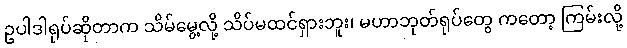
ဥပါဒါရုပ်ဆိုတာက သိမ်မွေ့လို့ သိပ်မထင်ရှားဘူး၊ မဟာဘုတ်ရုပ်တွေ ကတော့ ကြမ်းလို့